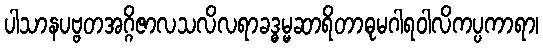
ပါသာနပဗ္ဗတအဂ္ဂိဇာလသလိလရာခဒ္ဓမ္မဆာရိတာဓုမဂါရဝါလိကပ္ပကာရာ၊